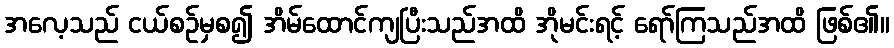
အလေ့သည် ငယ်စဉ်မှစ၍ အိမ်ထောင်ကျပြီးသည်အထိ အိုမင်းရင့် ရော်ကြသည်အထိ ဖြစ်၏။